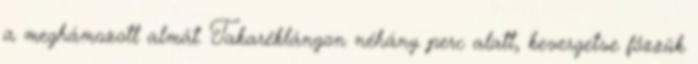
a meghámozott almát. Takaréklángon néhány perc alatt, kevergetve főzzük